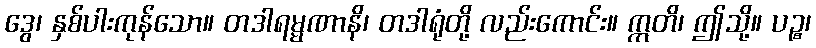
ဒွေ၊ နှစ်ပါးကုန်သော။ တဒါရမ္မဏာနိ၊ တဒါရုံတို့ လည်းကောင်း။ ဣတိ၊ ဤသို့။ ပဉ္စ၊